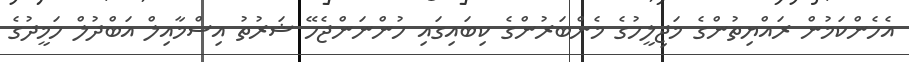
އެހެންކަމުން ރައްޔިތުންގެ މަޖިލީހުގެ މެންބަރުންގެ ކިބައިގައި ހުންނަންޖެހޭ ޝަރުތު އިސްމާއިލް އަބްދުލް ހަމީދުގެ